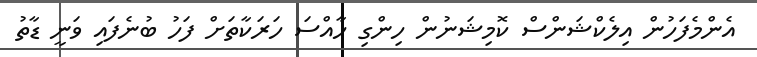
އެންމެފަހުން އިލެކްޝަންސް ކޮމިޝަނުން ހިންގި ހާއްސަ ހަރަކާތަށް ފަހު ބުނެފައި ވަނީ ޑާތު